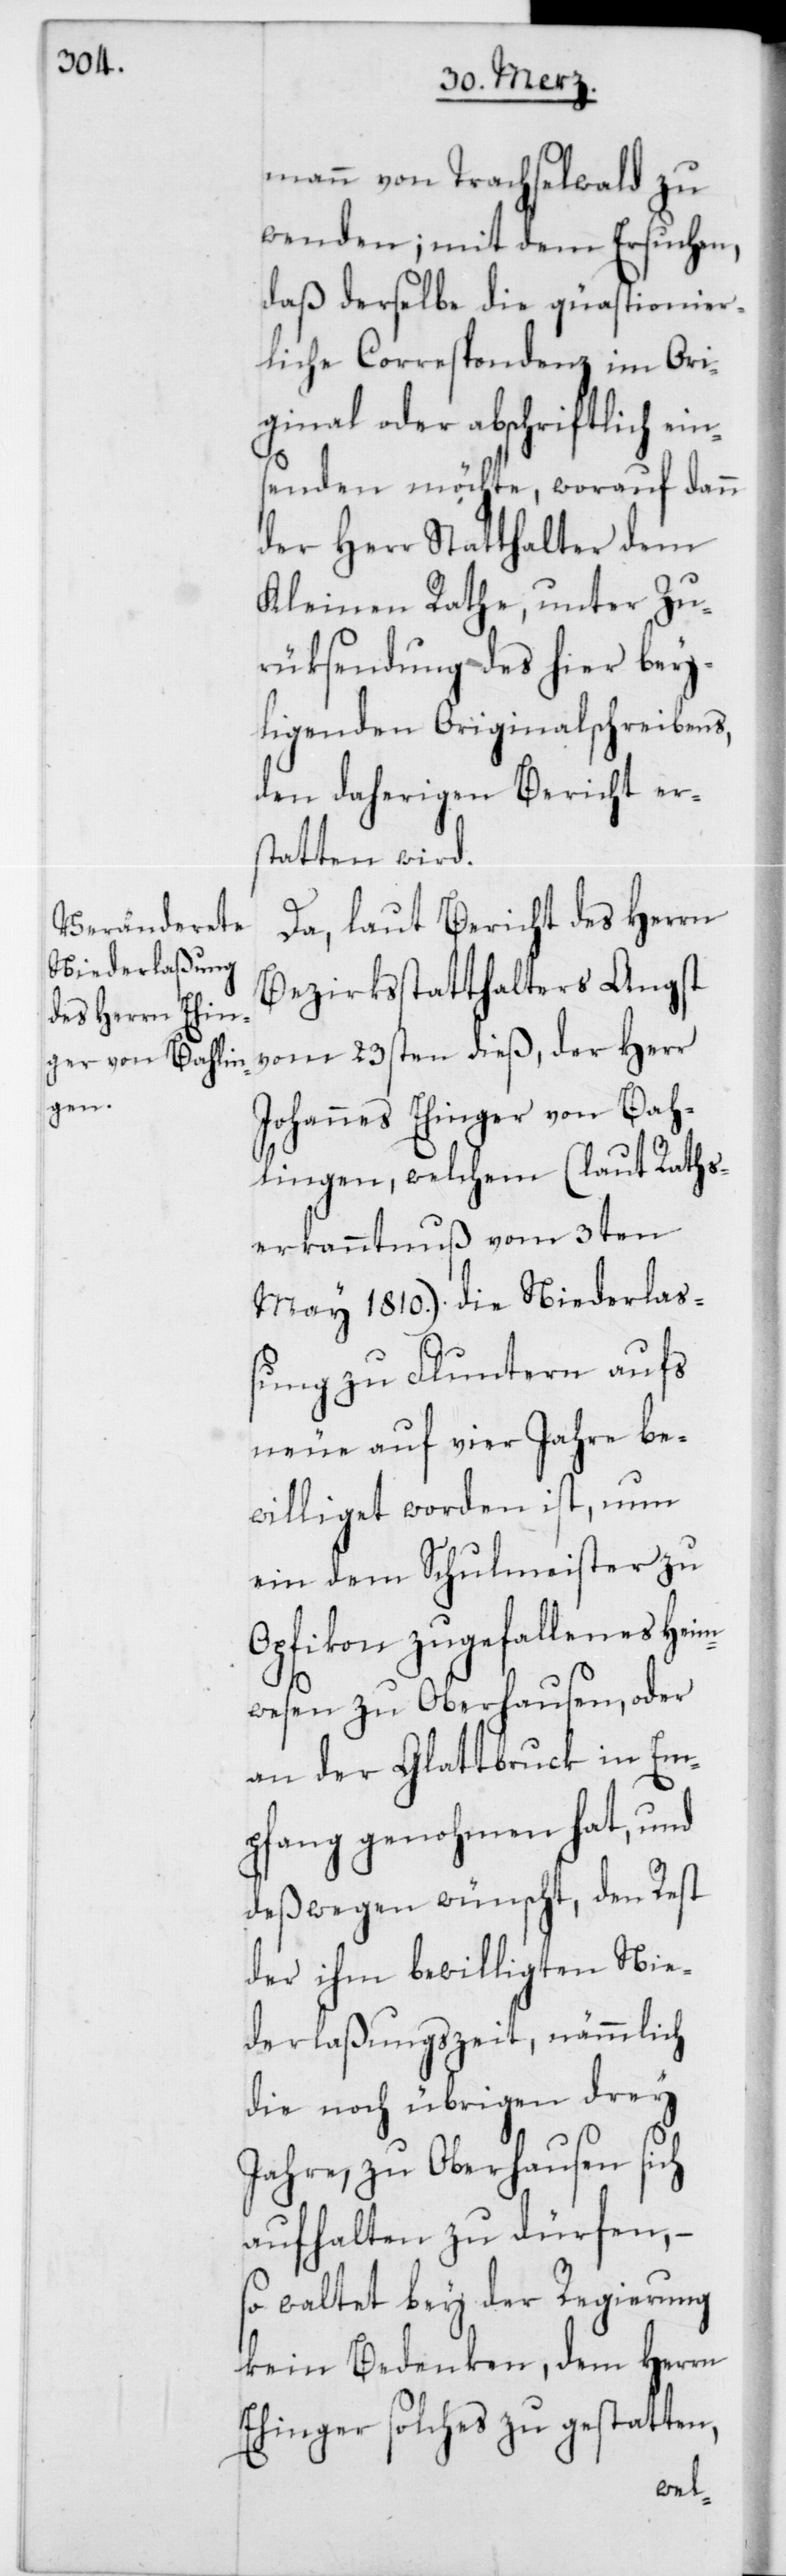
mann von Trachselwald zu
wenden; mit dem Ersuchen,
daß derselbe die quästionier¬
liche Correspondenz im Ori¬
ginal oder abschriftlich ein¬
senden möchte, worauf dann
der Herr Statthalter dem
Kleinen Rathe, unter Zu¬
rüksendung des hier bey¬
ligenden Originalschreibens,
den daherigen Bericht er¬
statten wird.
Da, laut Bericht des Herrn
Bezirksstatthalters Angst
vom 23sten dieß, der Herr
Johannes Ehinger von Bah¬
lingen, welchem (laut Raths¬
erkanntnuß vom 3ten
May 1810.) die Niederlaß¬
ung zu Fluntern aufs
neue auf vier Jahre be¬
williget worden ist, nun
ein dem Schulmeister zu
Opfikon zugefallenes Heim¬
wesen zu Oberhausen, oder
an der Glattbrugg in Em¬
pfang genohmen hat, und
deßwegen wünscht, den Rest
der ihm bewilligten Nie¬
derlaßungszeit, nämmlich
die noch übrigen drey
Jahre, zu Oberhausen sich
aufhalten zu dürfen, –
so waltet bey der Regierung
kein Bedenken, dem Herrn
Ehinger solches zu gestatten,